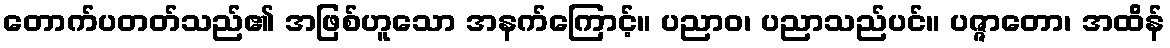
တောက်ပတတ်သည်၏ အဖြစ်ဟူသော အနက်ကြောင့်။ ပညာဝ၊ ပညာသည်ပင်။ ပဇ္ဇာတော၊ အထိန်